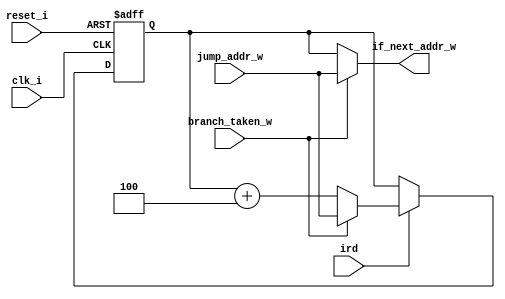
`timescale 1ns / 1ps
//--------------------------------------------------------------------
// Program Counter
//--------------------------------------------------------------------
module riscv_pc #(
parameter 	RESET_SP = 32'h0000,
parameter   PC_SIZE  = 32)
(
	input clk_i,						// Clock
	input reset_i,						// Reset
	input ird,							// Instruction Read request
	input branch_taken_w,				// Jump instruction
	input [PC_SIZE-1:0] jump_addr_w,	// Jump address
	output [PC_SIZE-1:0] if_next_addr_w	// Next instruction
);

reg [PC_SIZE-1:0] if_addr_r;
always @(posedge clk_i or negedge reset_i) begin
  if (~reset_i) begin
    if_addr_r <= RESET_SP;
  end
  else begin 
	if (ird) begin
		if(branch_taken_w) begin
			if_addr_r <= jump_addr_w;
		end
		else begin
			if_addr_r <= if_addr_r + 4;
		end
	end
  end
end

assign if_next_addr_w = branch_taken_w ? jump_addr_w: if_addr_r;

endmodule